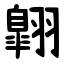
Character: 翺